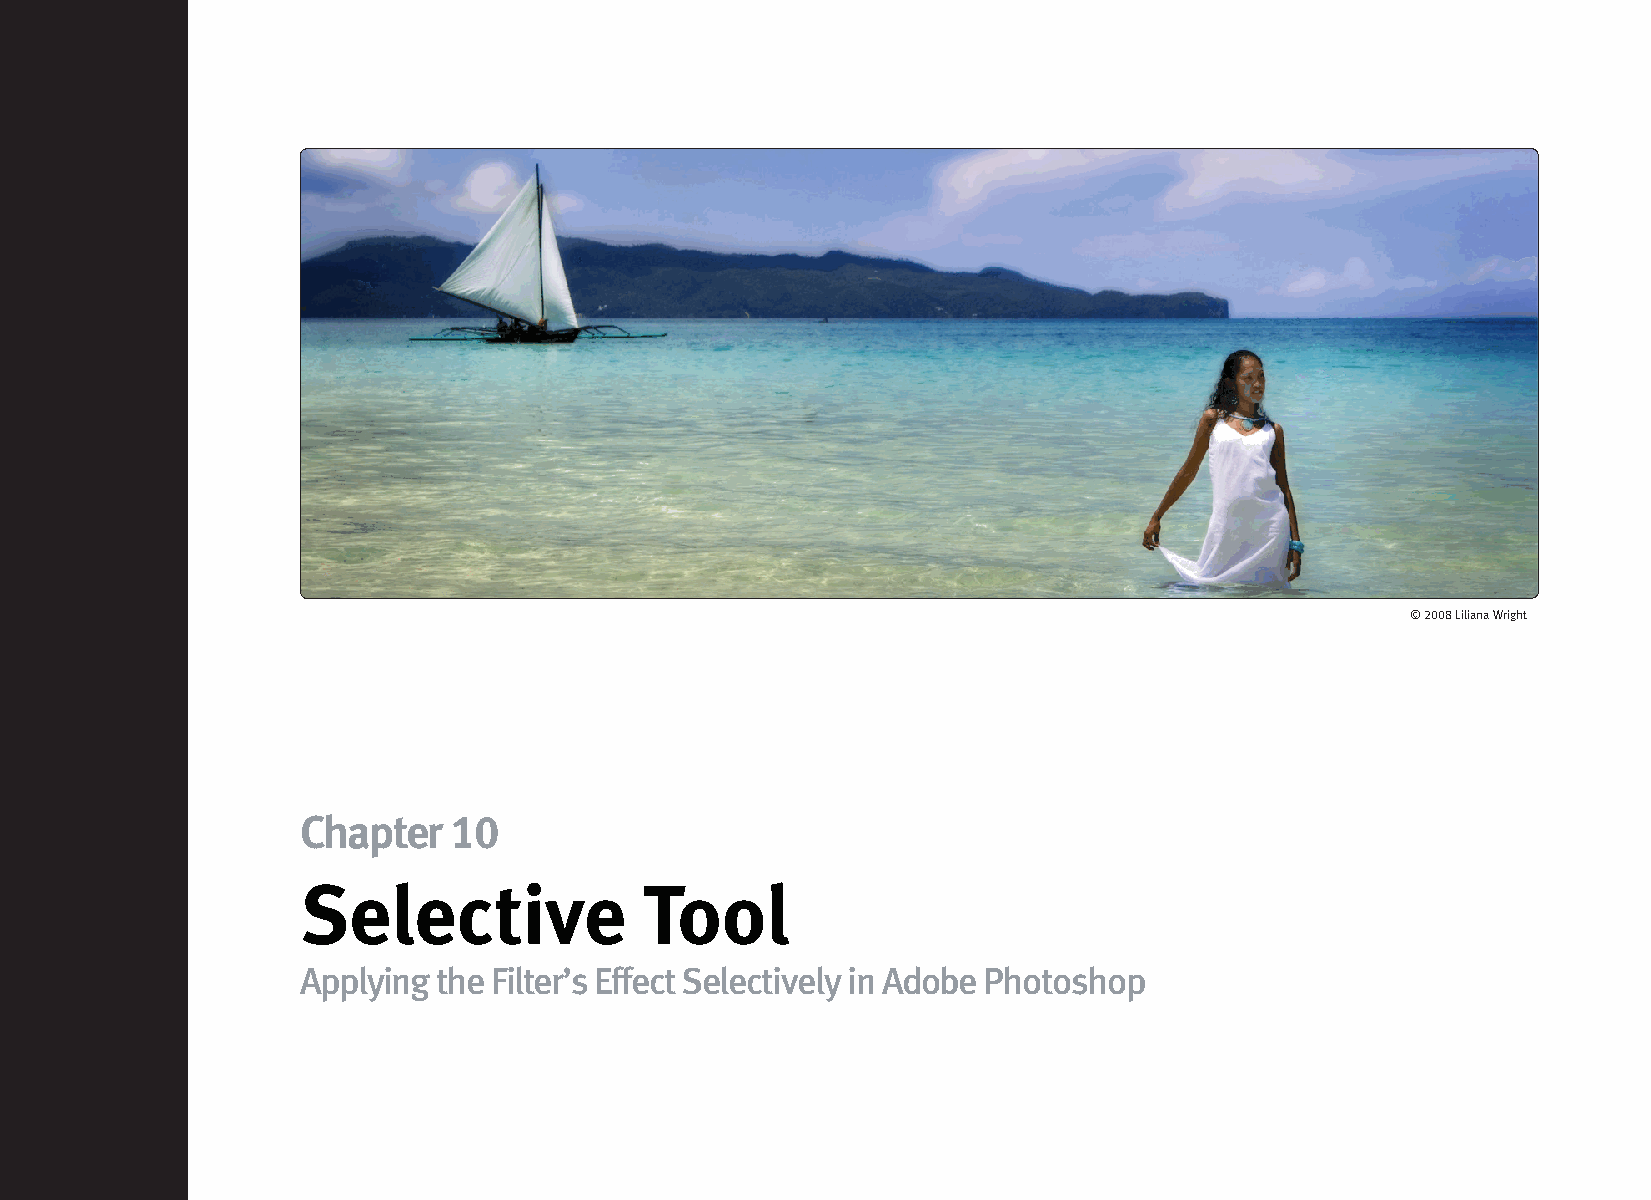
© 2008 Liliana Wright
 Chapter   10
 Selective              Tool
 Applying the Filter’s Effect Selectively in Adobe Photoshop